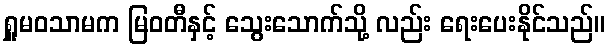
ရှူမဝသာမက မြဝတီနှင့် သွေးသောက်သို့ လည်း ရေးပေးနိုင်သည်။